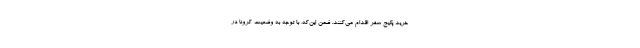
خرید پکیج سفر اقدام می‌کنند. ضمن این‌که، با توجه به وضعیت کرونا در